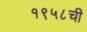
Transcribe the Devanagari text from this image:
१९५८ची